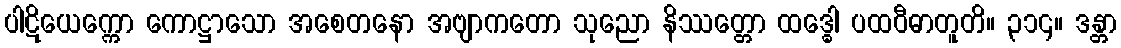
ပါဋိယေက္ကော ကောဋ္ဌာသော အစေတနော အဗျာကတော သုညော နိဿတ္တော ထဒ္ဓေါ ပထဝီဓာတူတိ။ ၃၁၄။ ဒန္တာ